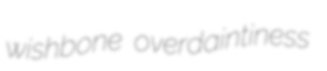
wishbone overdaintiness